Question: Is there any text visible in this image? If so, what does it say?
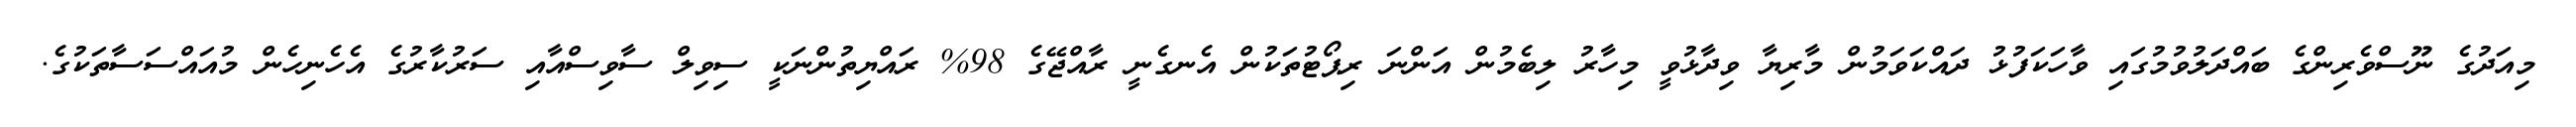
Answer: މިއަދުގެ ނޫސްވެރިންގެ ބައްދަލުވުމުގައި ވާހަކަފުޅު ދައްކަވަމުން މާރިޔާ ވިދާޅުވީ މިހާރު ލިބެމުން އަންނަ ރިޕޯޓުތަކުން އެނގެނީ ރާއްޖޭގެ 98% ރައްޔިތުންނަކީ ސިވިލް ސާވިސްއާއި ސަރުކާރުގެ އެހެނިހެން މުއައްސަސާތަކުގެ.